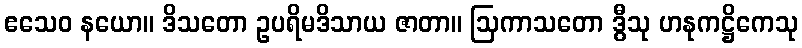
ဧသေဝ နယော။ ဒိသတော ဥပရိမဒိသာယ ဇာတာ။ ဩကာသတော ဒွီသု ဟနုကဋ္ဌိကေသု